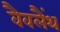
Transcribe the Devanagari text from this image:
वैवलैंथ